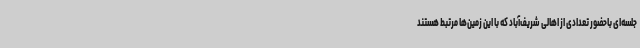
جلسه‌ای باحضور تعدادی از اهالی شریف‌آباد که با این زمین‌ها مرتبط هستند